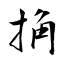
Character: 捔